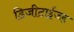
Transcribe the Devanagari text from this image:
डिजीटाईज्‍ड